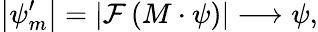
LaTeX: \left|\psi_{m}^{\prime}\right|=|\mathcal{F}\left(M\cdot\psi\right)|\longrightarrow\psi,